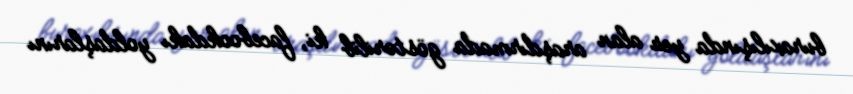
buraxılışında yer alan araşdırmada göstərilib ki, facebookdakı yoldaşlarını